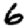
Digit: 6